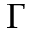
\Gamma